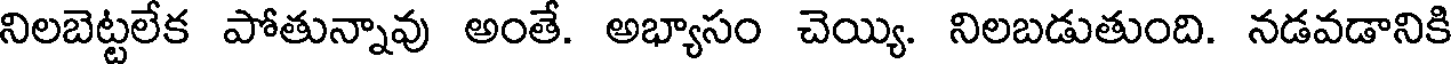
నిలబెట్టలేక పోతున్నావు అంతే. అభ్యాసం చెయ్యి. నిలబడుతుంది. నడవడానికి